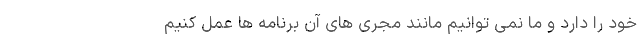
خود را دارد و ما نمی‌ توانیم مانند مجری‌ های آن برنامه‌ ها عمل کنیم